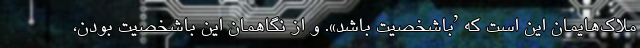
ملاک‌هایمان این است که ’باشخصیت باشد». و از نگاهمان این باشخصیت بودن،